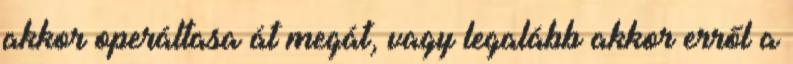
akkor operáltasa át megát, vagy legalább akkor erről a